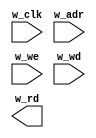
module m_sm_dmem(w_clk, w_adr, w_we, w_wd, w_rd);
  input  wire w_clk, w_we;
  input  wire [31:0] w_adr, w_wd;
  output reg [31:0] w_rd;
  reg [31:0] mem [0:63];
  always @(posedge w_clk) r_d <= mem[w_adr[7:2]];
  always @(posedge w_clk) if (w_we) mem[w_adr[7:2]] <= w_wd;
  integer i; initial for (i=0; i<64; i=i+1) mem[i] = 32'd0;
endmodule